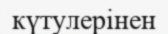
күтулерінен